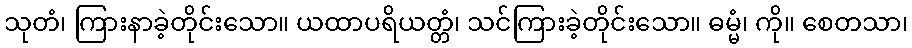
သုတံ၊ ကြားနာခဲ့တိုင်းသော။ ယထာပရိယတ္တံ၊ သင်ကြားခဲ့တိုင်းသော။ ဓမ္မံ၊ ကို။ စေတသာ၊